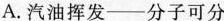
A.汽油挥发——分子可分